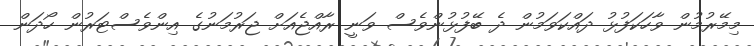
މިމޭރުމުން ވާހަކަފުޅު ދައްކަވަމުން ދެ ބޭފުޅުންވެސް ވަނީ ރާއްޖެއަށް ޖަރުމަނުގެ އިންވެސްޓަރުން ހޯދަން